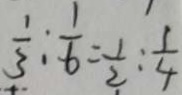
\frac { 1 } { 3 } : \frac { 1 } { 6 } = \frac { 1 } { 2 } : \frac { 1 } { 4 }